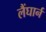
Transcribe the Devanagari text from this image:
लैंघार्न